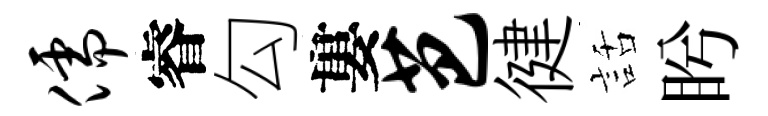
儒睿勾婁芭徤話盻